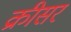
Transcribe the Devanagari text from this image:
क्रीसर